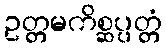
ဥတ္တမကိစ္ဆပ္ပတ္တံ